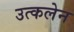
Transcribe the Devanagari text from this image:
उत्कलेन